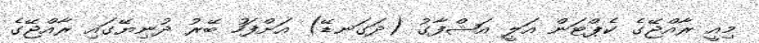
މިއީ ރާއްޖޭގެ ކެޕްޓަން އަލީ އަޝްފާގު (ދަގަނޑޭ) އަށްފަހު ބޭރު ދުނިޔޭގައި ރާއްޖޭގެ